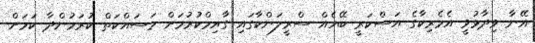
އޭނާ ވިދާޅުވީ އެމެރިކާގެ އަސްކަރީ ބޭހެއް ސްރީލަންކާގައި ގާއިމްކުރުމަށް މަސައްކަތް ކުރަމުންދާ ކަމަށް